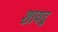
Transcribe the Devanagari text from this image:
शायद्